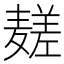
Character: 𱋧